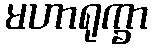
မဟာရုက္ခာ